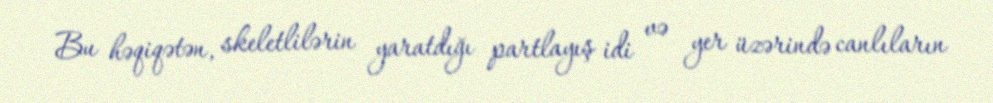
Bu həqiqətən, skeletlilərin yaratdığı partlayış idi və yer üzərində canlıların